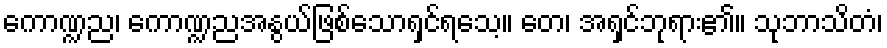
ကောဏ္ဍည၊ ကောဏ္ဍညအနွယ်ဖြစ်သောရှင်ရသေ့။ တေ၊ အရှင်ဘုရား၏။ သုဘာသိတံ၊